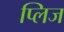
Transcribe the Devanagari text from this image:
प्लिज